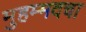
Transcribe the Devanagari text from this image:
मुहम्मदचा